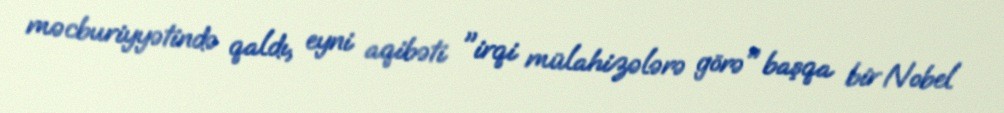
məcburiyyətində qaldı, eyni aqibəti "irqi mülahizələrə görə" başqa bir Nobel